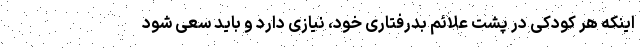
اینکه هر کودکی در پشت علائم بدرفتاری خود، نیازی دارد و باید سعی شود